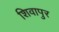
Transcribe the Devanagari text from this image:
शिवापुर